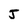
Character: J